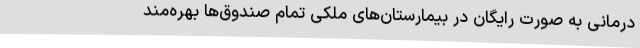
درمانی به صورت رایگان در بیمارستان‌های ملکی تمام صندوق‌ها بهره‌مند